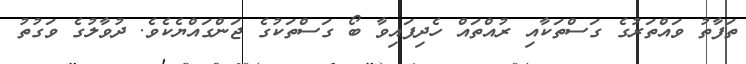
ތަފާތު ވައްތަރުގެ ގަސްތަކާއި ރުއްތައް ހެދިފައިވާ ބޯ ގަސްތަކުގެ ޖަންގައްޔެކެވެ. ދުވާލުގެ ވަގުތު